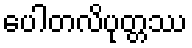
ပေါတလိပုတ္တဿ